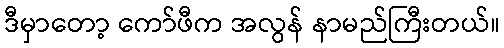
ဒီမှာတော့ ကော်ဖီက အလွန် နာမည်ကြီးတယ်။